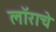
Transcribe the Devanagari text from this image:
लॉराचे